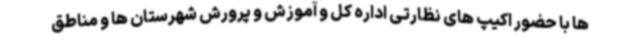
ها با حضور اکیپ های نظارتی اداره کل و آموزش و پرورش شهرستان ها و مناطق